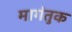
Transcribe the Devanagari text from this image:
मागंतुक